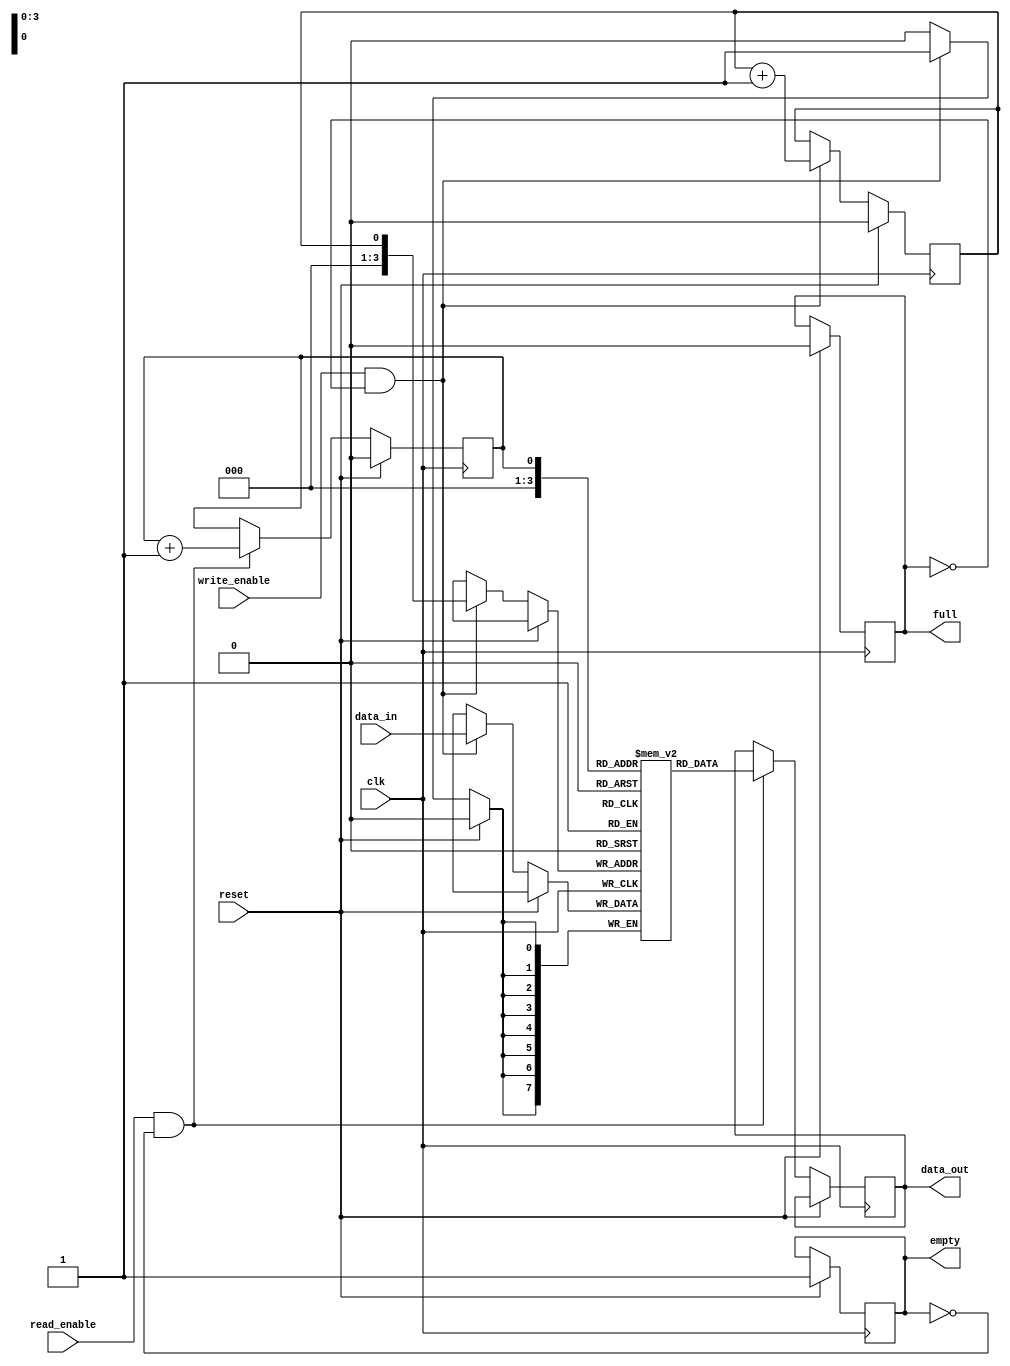
module fifo_timing_control(
    input clk,  // input clock
    input reset,  // reset input
    input write_enable,  // write enable signal
    input read_enable,  // read enable signal
    input [7:0] data_in,  // input data
    output reg [7:0] data_out,  // output data
    output reg empty,  // empty flag
    output reg full  // full flag
);

reg [7:0] buffer [15:0];  // FIFO buffer with 16 entries
reg read_ptr, write_ptr;  // read and write pointers

always @(posedge clk) begin
    if (reset) begin
        read_ptr <= 4'b0;  // initialize read pointer
        write_ptr <= 4'b0;  // initialize write pointer
        empty <= 1'b1;  // set empty flag
        full <= 1'b0;  // clear full flag
    end else begin
        // write operation
        if (write_enable && !full) begin
            buffer[write_ptr] <= data_in;  // write data to buffer
            write_ptr <= write_ptr + 4'b1;  // increment write pointer
            if (write_ptr == 4'b1111) begin
                full <= 1'b1;  // set full flag
            end
        end
        
        // read operation
        if (read_enable && !empty) begin
            data_out <= buffer[read_ptr];  // read data from buffer
            read_ptr <= read_ptr + 4'b1;  // increment read pointer
            if (read_ptr == 4'b1111) begin
                empty <= 1'b1;  // set empty flag
            end
        end
    end
end

endmodule